Annual administration report of the Civil Veterinary Department of India - 1897-1898
Year: 1897
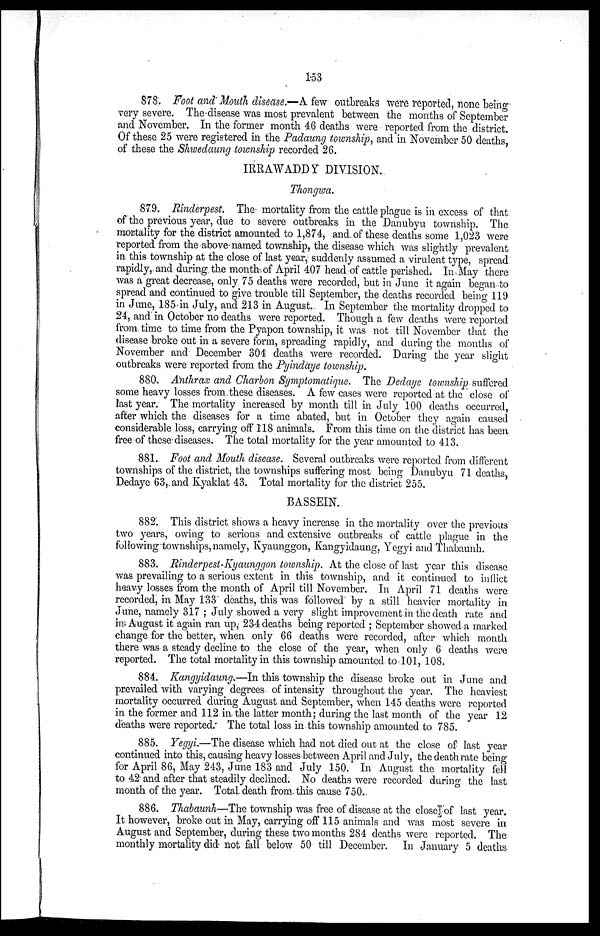
153
878. Foot and Mouth disease.—A few outbreaks were reported, none being
very severe. The disease was most prevalent between the months of September
and November. In the former month 46 deaths were reported from the district.
Of these 25 were registered in the Padaung township, and in November 50 deaths,
of these the Shwedaung township recorded 26.
IRRAWADDY DIVISION.
Thongwa.
879. Rinderpest. The mortality from the cattle plague is in excess of that
of the previous year, due to severe outbreaks in the Danubyu township. The
mortality for the district amounted to 1,874, and of these deaths some 1,023 were
reported from the above named township, the disease which was slightly prevalent
in this township at the close of last year, suddenly assumed a virulent type, spread
rapidly, and during the month of April 407 head of cattle perished. In May there
was a great decrease, only 75 deaths were recorded, but in June it again began to
spread and continued to give trouble till September, the deaths recorded being 119
in June, 185 in July, and 213 in August. In September the mortality dropped to
24, and in October no deaths were reported. Though a few deaths were reported
from time to time from the Pyapon township, it was not till November that the
disease broke out in a severe form, spreading rapidly, and during the months of
November and December 304 deaths were recorded. During the year slight
outbreaks were reported from the Pyindaye township.
880. Anthrax and Chsrbon Symptomatique. The Dedaye township suffered
some heavy losses from these diseases. A few cases were reported at the close of
last year. The mortality increased by month till in July 100 deaths occurred,
after which the diseases for a time abated, but in October they again caused
considerable loss, carrying off 118 animals. From this time on the district has been
free of these diseases. The total mortality for the year amounted to 413.
881. Foot and Mouth disease. Several outbreaks were reported from different
townships of the district, the townships suffering most being Danubyu 71 deaths,
Dedaye 63, and Kyaklat 43. Total mortality for the district 255.
BASSEIN.
882. This district shows a heavy increase in the mortality over the previous
two years, owing to serious and extensive outbreaks of cattle plague in the
following townships, namely, Kyaunggon, Kangyidaung, Yegyi and Thabaunh.
883. Rinderpest-Kyaunggon township. At the close of last year this disease
was prevailing to a serious extent in this township, and it continued to inflict
heavy losses from the month of April till November. In April 71 deaths were
recorded, in May 133 deaths, this was followed by a still heavier mortality in
June, namely 317; July showed a very slight improvement in the death rate and
in August it again ran up, 234 deaths being reported; September showed a marked
change for the better, when only 66 deaths were recorded, after which month
there was a steady decline to the close of the year, when only 6 deaths were
reported. The total mortality in this township amounted to 101, 108.
884. Kangyidaung,—In this township the disease broke out in June and
prevailed with varying degrees of intensity throughout the year. The heaviest
mortality occurred during August and September, when 145 deaths were reported
in the former and 112 in the latter month; during the last month of the year 12
deaths were reported. The total loss in this township amounted to 785.
885. Yegyi.—The disease which had not died out at the close of last year
continued into this, causing heavy losses between April and July, the death rate being
for April 86, May 243, June 183 and July 150. In August the mortality fell
to 42 and after that steadily declined. No deaths were recorded during the last
month of the year. Total death from this cause 750.
886. Thabaunh—The township was free of disease at the close of last year.
It however, broke out in May, carrying off 115 animals and was most severe in
August and September, during these two months 284 deaths were reported. The
monthly mortality did not fall below 50 till December. In January 5 deaths